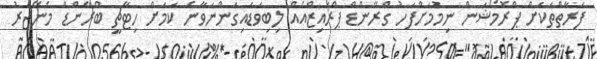
ފަރާތްތަކަށް ޕްރޮމޯޝަން ނިމުމަށްފަހު ގްރޭންޑް ޕްރައިޒްއެއް ލިބިވަޑައިގަންނަވާނެ ކަމަށް ހިޓާޗީ ބްރޭންޑް މެނޭޖަރު